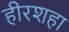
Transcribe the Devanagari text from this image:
हीरशहा